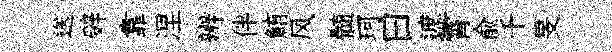
送辤靠涅辨伴鮪风髄珂曰遮霄兪千旻